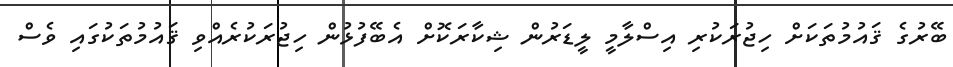
ބޭރުގެ ޤައުމުތަކަށް ހިޖުރަކުރި އިސްލާމީ ލީޑަރުން ޝިކާރަކޮށް އެބޭފުޅުން ހިޖުރަކުރެއްވި ޤައުމުތަކުގައި ވެސް